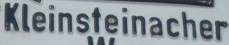
kleinsteinacher